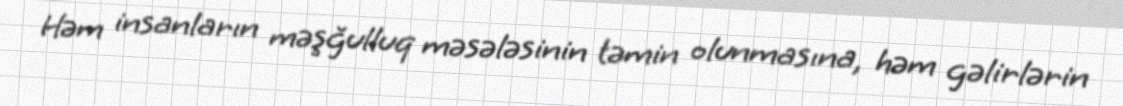
Həm insanların məşğulluq məsələsinin təmin olunmasına, həm gəlirlərin